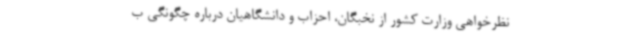
نظرخواهی وزارت کشور از نخبگان، احزاب و دانشگاهیان درباره چگونگی ب